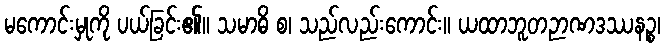
မကောင်းမှုကို ပယ်ခြင်း၏။ သမာဓိ စ၊ သည်လည်းကောင်း။ ယထာဘူတဉာဏဒဿနဉ္စ၊